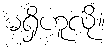
မရှိဟူလို။